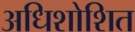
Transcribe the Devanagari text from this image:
अधिशोशित